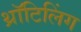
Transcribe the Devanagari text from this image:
थ्रॉटिलिंग